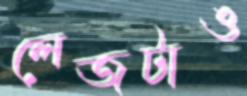
লেজটাও